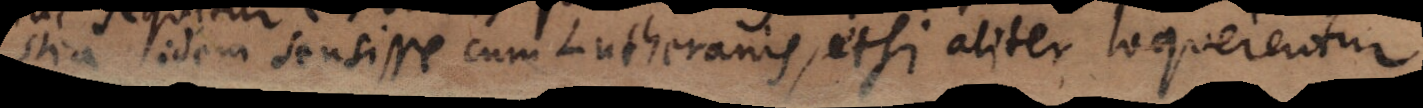
istia idem sensisse cum Lutheranis, etsi aliter loquerentur